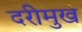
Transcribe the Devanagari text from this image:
दरीमुख